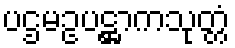
ပဌမဥပဋ္ဌာကသုတ္တံ